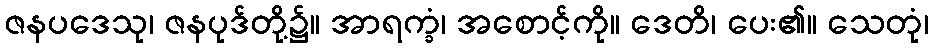
ဇနပဒေသု၊ ဇနပုဒ်တို့၌။ အာရက္ခံ၊ အစောင့်ကို။ ဒေတိ၊ ပေး၏။ သေတုံ၊